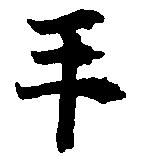
手